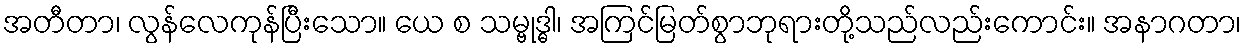
အတီတာ၊ လွန်လေကုန်ပြီးသော။ ယေ စ သမ္ဗုဒ္ဓါ၊ အကြင်မြတ်စွာဘုရားတို့သည်လည်းကောင်း။ အနာဂတာ၊